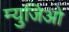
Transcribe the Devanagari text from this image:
म्युजिओ